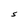
Character: S